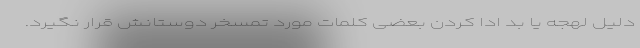
دلیل لهجه یا بد ادا کردن بعضی کلمات مورد تمسخر دوستانش قرار نگیرد.